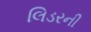
લિડરની